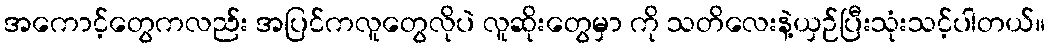
အကောင့်တွေကလည်း အပြင်ကလူတွေလိုပဲ လူဆိုးတွေမှာ ကို သတိလေးနဲ့ယှဉ်ပြီးသုံးသင့်ပါတယ်။